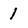
Character: 1